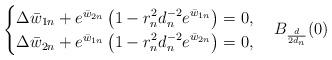
LaTeX: \begin{align*}\begin{cases}\Delta \bar w_{1n}+e^{\bar w_{2n}}\left(1-\displaystyle r_n^2d_n^{-2}e^{\bar w_{1n}}\right)=0,\\\Delta \bar w_{2n}+e^{\bar w_{1n}}\left(1-\displaystyle r_n^2d_n^{-2}e^{\bar w_{2n}}\right)=0,\end{cases}B_{\frac d{2d_n}}(0)\end{align*}